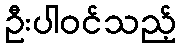
ဦးပါဝင်သည့်